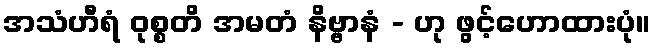
အသံဟီရံ ဝုစ္စတိ အမတံ နိဗ္ဗာနံ - ဟု ဖွင့်ဟောထားပုံ။